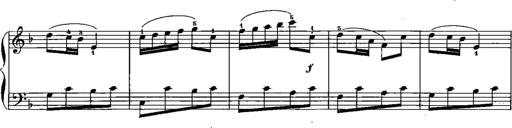
Title: Trois sonatines
Composer: Maurice Emmanuel